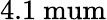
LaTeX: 4.1\mathrm{\ mum}